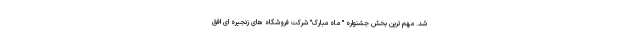
شد. مهم ترین بخش جشنواره " ماه مبارک" شرکت فروشگاه های زنجیره ای افق